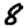
Digit: 8